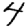
Digit: 4